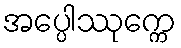
အပ္ပေါဿုက္ကေ